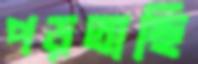
পড়তাছি